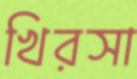
খিরসা